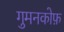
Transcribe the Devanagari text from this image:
गुमनकोफ़